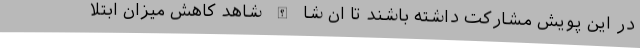
در این پویش مشارکت داشته باشند تا ان شا الله شاهد کاهش میزان ابتلا